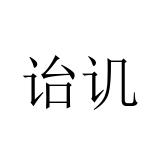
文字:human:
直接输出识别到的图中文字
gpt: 诒讥